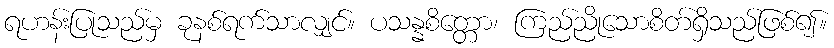
ရဟန်းပြုသည်မှ ခုနစ်ရက်သာလျှင်။ ပသန္နစိတ္တော၊ ကြည်ညိုသောစိတ်ရှိသည်ဖြစ်၍။